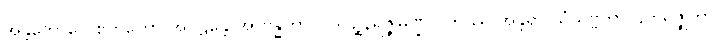
အန္တဘောဂေ ဧကတော အဂဠန္တေ အာဗန္ဓိတွာ ပါဒပုဉ္ဆနရဇ္ဇုမဏ္ဍလကဿ အန္တရာ သံသိဗ္ဗိတွာ ဌိတရဇ္ဇုကာ